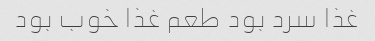
غذا سرد بود طعم غذا خوب بود